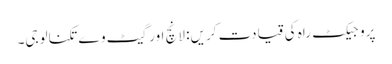
پروجیکٹ راہ کی قیادت کریں: لانچ اور گیٹ وے تکنالوجی۔